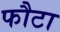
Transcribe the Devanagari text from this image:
फौटा